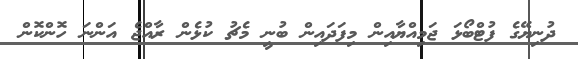
ދުނިޔޭގެ ފުޓްބޯޅަ ޖަމިއްޔާއިން މިފަދައިން ބުނީ މެޗު ކުޅެން ރާއްޖެ އަންނަ ހޮންކޮން